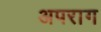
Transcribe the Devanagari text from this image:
अपराग